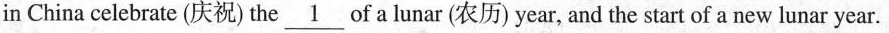
inChina celebrate(庆祝)the\underline{1}of a lunar(农历)year, and the start of a new lunar year.